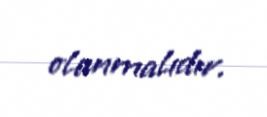
olunmalıdır.